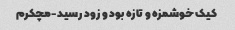
کیک خوشمزه و تازه بود و زود رسید-مچکرم